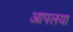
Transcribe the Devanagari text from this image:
आपलया